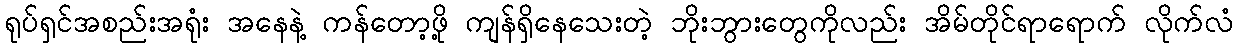
ရုပ်ရှင်အစည်းအရုံး အနေနဲ့ ကန်တော့ဖို့ ကျန်ရှိနေသေးတဲ့ ဘိုးဘွားတွေကိုလည်း အိမ်တိုင်ရာရောက် လိုက်လံ